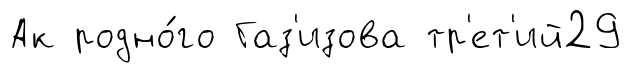
Ак родно́го Газ'изова тр'ет'ий29